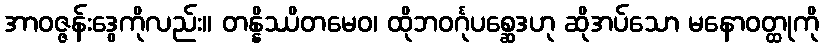
အာဝဇ္ဇန်းဒွေကိုလည်း။ တန္နိဿိတမေဝ၊ ထိုဘဝင်္ဂုပစ္ဆေဒဟု ဆိုအပ်သော မနောဝတ္ထုကို